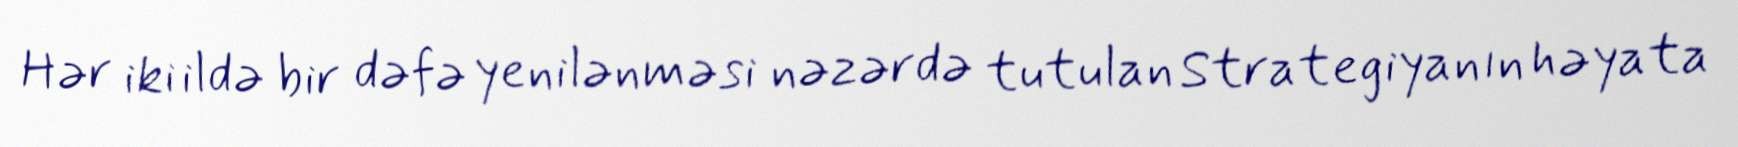
Hər iki ildə bir dəfə yenilənməsi nəzərdə tutulan Strategiyanın həyata